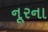
નૂરના